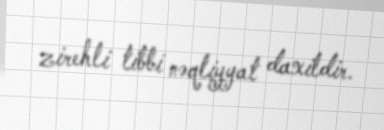
zirehli tibbi nəqliyyat daxildir.